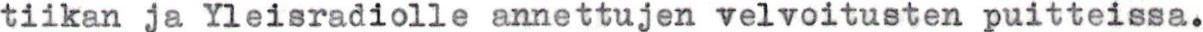
tiikan ja Yleisradiolle annettujen velvoitusten puitteissa.